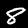
Digit: 8